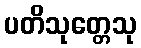
ပတိသုတ္တေသု